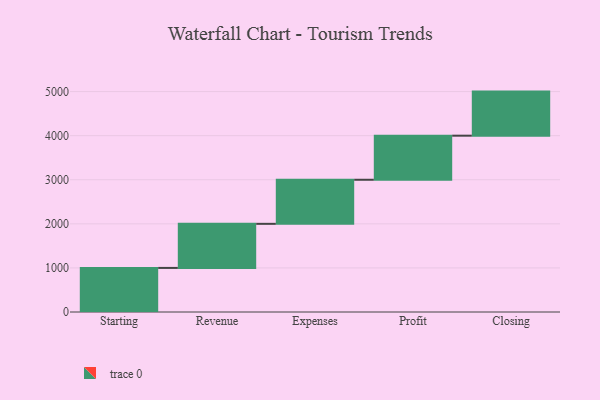
{"axis": {"x": "Step", "y": "Value"}, "legend": [""], "data": [{"x": "Starting", "y": 1000, "type": ""}, {"x": "Revenue", "y": 1000, "type": ""}, {"x": "Expenses", "y": 1000, "type": ""}, {"x": "Profit", "y": 1000, "type": ""}, {"x": "Closing", "y": 1000, "type": ""}]}